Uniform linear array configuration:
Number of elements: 32
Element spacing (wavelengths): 0.25
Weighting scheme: cosine
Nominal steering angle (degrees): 60
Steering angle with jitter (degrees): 60.969
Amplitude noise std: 0.05
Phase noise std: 0.05

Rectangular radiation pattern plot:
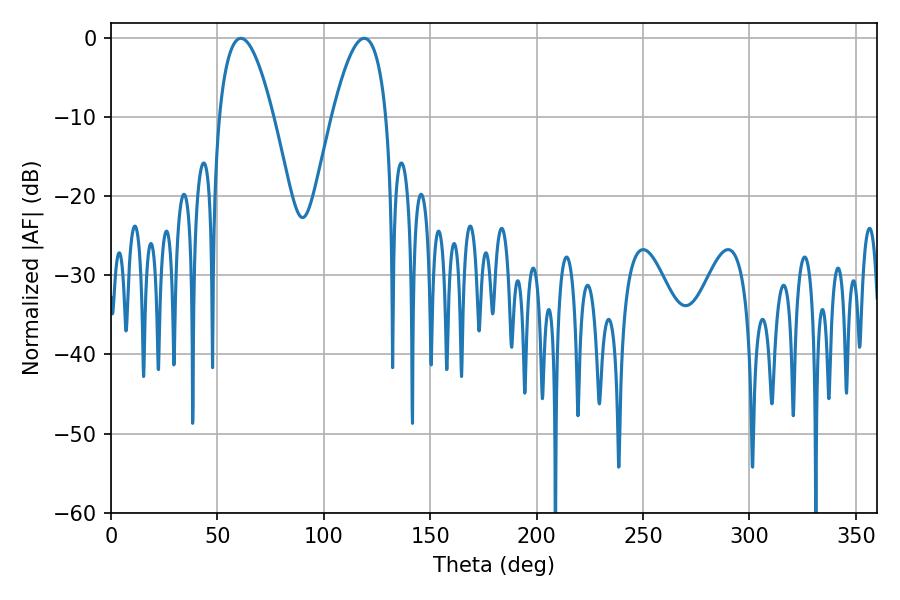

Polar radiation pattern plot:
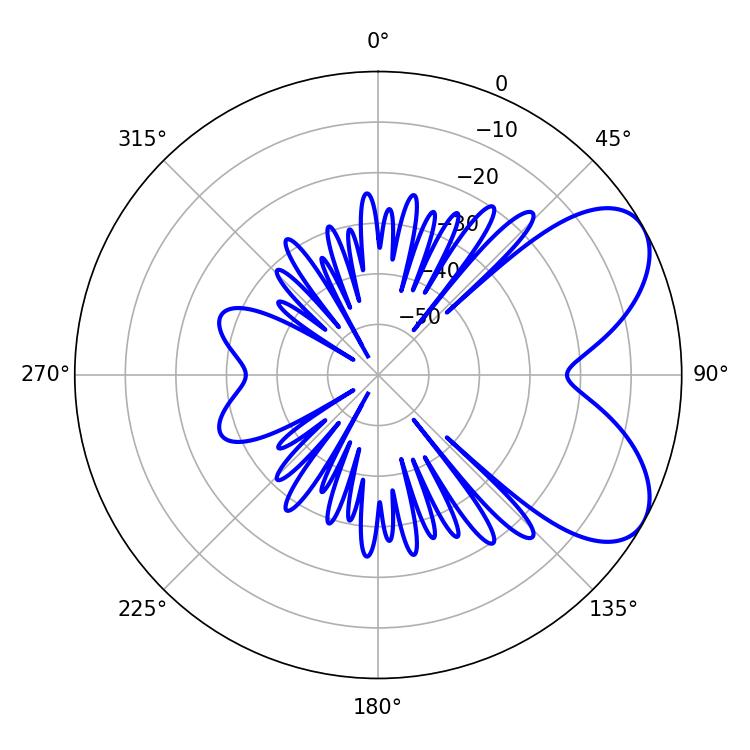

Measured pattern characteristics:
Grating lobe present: FALSE
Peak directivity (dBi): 6.311
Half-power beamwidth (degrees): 14.04
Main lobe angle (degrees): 61.02